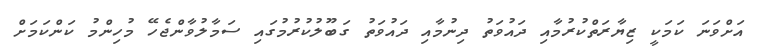
އަށްވަނަ ކަމަކީ ޒިޔާރަތްކުރުމާއި ދައުވަތު ދިނުމާއި ދައުވަތު ގަބޫލުކުރުމުގައި ސަމާލުވާންޖެހޭ މުހިންމު ކަންކަމަށް